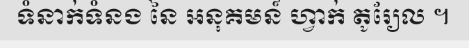
ទំនាក់ទំនង នៃ អនុគមន៍ ហ្វាក់ តូរ្យែល ។